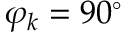
\varphi _ { k } = 9 0 ^ { \circ }